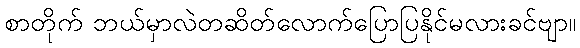
စာတိုက် ဘယ်မှာလဲတဆိတ်လောက်ပြောပြနိုင်မလားခင်ဗျာ။